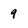
Character: 9